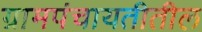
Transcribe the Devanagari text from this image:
ग्रामपंचायतीतील